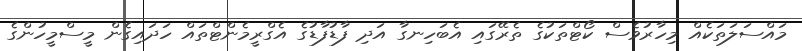
މައްސަލަތަކެއް މިހާރުވެސް ކޯޓްތަކުގެ ތެރޭގައި އެބަހިނގާ އަދި ފާޑުފާޑުގެ އެގްރީމެންޓްތައް ހަދައިގެން މީސްމީހުންގެ